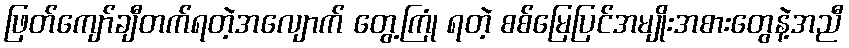
ဖြတ်ကျော်ချီတက်ရတဲ့အလျောက် တွေ့ကြုံ ရတဲ့ စစ်မြေပြင်အမျိုးအစားတွေနဲ့အညီ